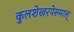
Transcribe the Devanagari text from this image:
कुलशेखरपेरुमाल्